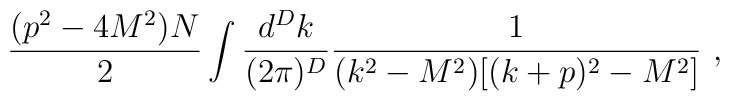
\frac{(p^2-4M^2)N}2\int\frac{d^Dk}{(2\pi)^D} \frac{1}{(k^2-M^2)[(k+p)^2-M^2]}\,\,,